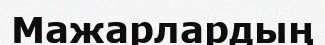
Мажарлардың